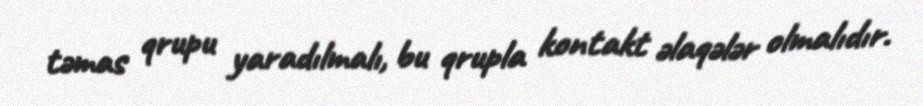
təmas qrupu yaradılmalı, bu qrupla kontakt əlaqələr olmalıdır.